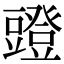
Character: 𧰐